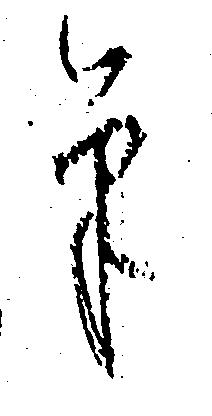
筆